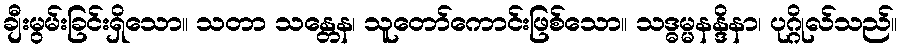
ချီးမွမ်းခြင်းရှိသော။ သတာ သန္တေန၊ သူတော်ကောင်းဖြစ်သော။ သဒ္ဓမ္မနန္ဒိနာ၊ ပုဂ္ဂိုလ်သည်။